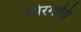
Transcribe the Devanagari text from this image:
मोरगाग्नि